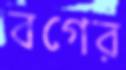
বগের